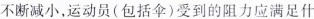
不断减小，运动员(包括伞)受到的阻力应满足什